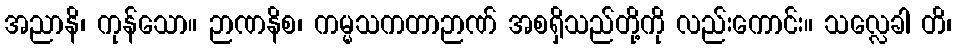
အညာနိ၊ ကုန်သော။ ဉာဏနိစ၊ ကမ္မသကတာဉာဏ် အစရှိသည်တို့ကို လည်းကောင်း။ သလ္လေခါ တိ၊